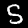
Label: 5